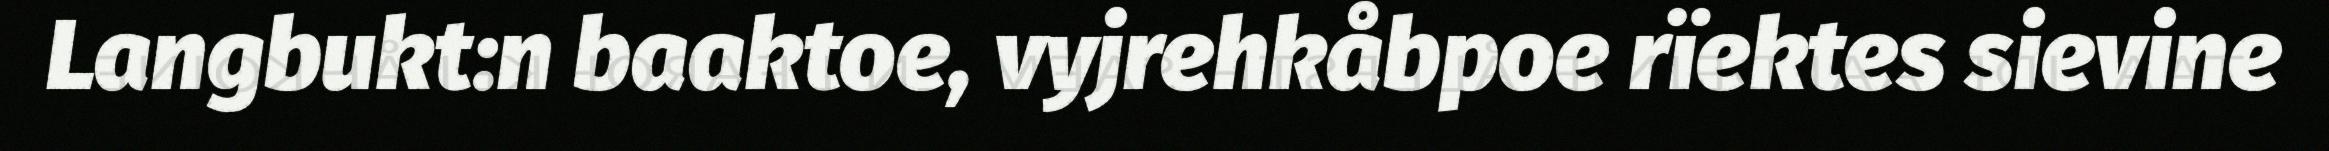
Langbukt:n baaktoe, vyjrehkåbpoe rïektes sievine